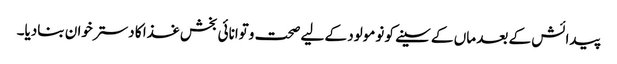
پیدائش کے بعد ماں کے سینے کو نومولود کے لیے صحت وتوانائی بخش غذا کا دسترخوان بنادیا۔